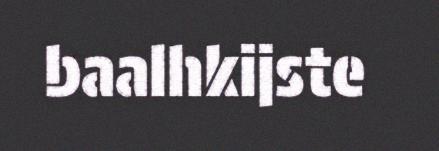
baalhkijste